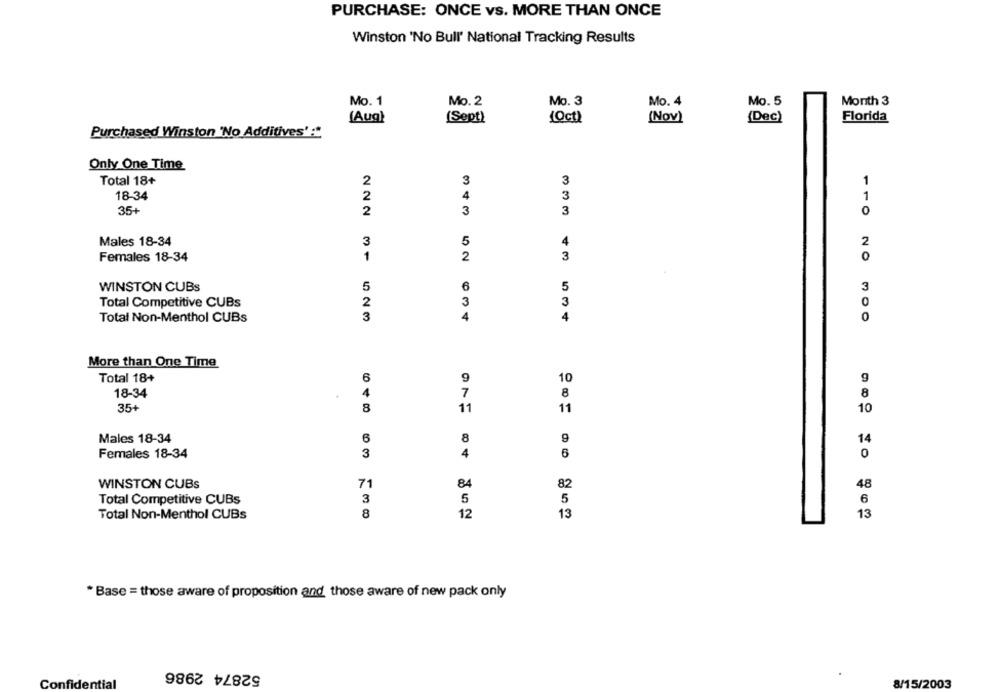
PURCHASE: ONCE vs. MORE THAN ONCE
Winston 'No Bull' National Tracking Results
Mo. 1
Mo. 2
Mo. 3
Mo. 4
Mo. 5
Month 3
Florida
(Aug)
(Sept)
(Oct)
(Nov)
(Dec)
Purchased Winston 'No Additives' :*
Only One Time
3
3
Total 18+
2
1
18-34
2
4
3
1
35+
2
3
3
0
3
5
4
Males 18-34
Females 18-34
1
2
3
20
WINSTON CUBS
5
6
5
3
Total Competitive CUBs
2
3
3
Total Non-Menthol CUBs
3
4
4
More than One Time
Total 18+
6
10
18-34
4
7
8
8
35+
8
11
11
10
Males 18-34
6
8
9
14
Females 18-34
3
4
6
WINSTON CUBS
71
84
82
48
5
Total Competitive CUBs
3
5
6
Total Non-Menthol CUBs
8
12
13
13
* Base = those aware of proposition and those aware of new pack only
52874 2986
Confidential
8/15/2003